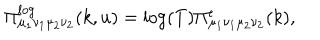
LaTeX: \Pi _ { \mu _ { 1 } \nu _ { 1 } \mu _ { 2 } \nu _ { 2 } } ^ { l o g } ( k , u ) = \log ( T ) \Pi _ { \mu _ { 1 } \nu _ { 1 } \mu _ { 2 } \nu _ { 2 } } ^ { \epsilon } ( k ) ,